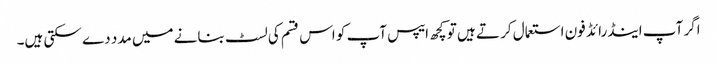
اگر آپ اینڈرائڈ فون استعمال کر تے ہیں تو کچھ ایپس آپ کو اس قسم کی لسٹ بنانے میں مدد دے سکتی ہیں۔